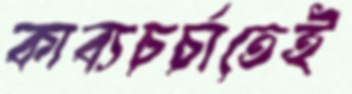
কাব্যচর্চাতেই